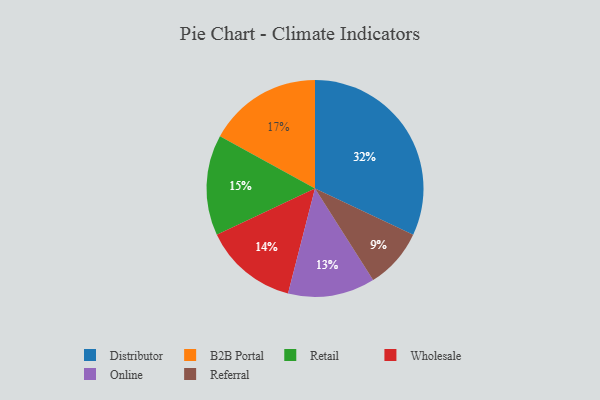
{"axis": {"x": "Category", "y": "Percentage"}, "legend": ["B2B Portal", "Distributor", "Online", "Referral", "Retail", "Wholesale"], "data": [{"x": "Retail", "y": 15, "type": "Retail"}, {"x": "Referral", "y": 9, "type": "Referral"}, {"x": "Distributor", "y": 32, "type": "Distributor"}, {"x": "Wholesale", "y": 14, "type": "Wholesale"}, {"x": "B2B Portal", "y": 17, "type": "B2B Portal"}, {"x": "Online", "y": 13, "type": "Online"}]}